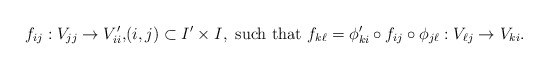
\begin{align*} f_{ij}: V_{jj} \to V_{ii}', & (i,j) \subset I' \times I, \mbox{ such that }f_{k \ell} = \phi_{ki}' \circ f_{ij} \circ \phi_{j \ell} : V_{\ell j} \to V_{ki}.\end{align*}